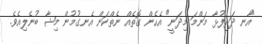
"އާނ ދަރިފުޅާ މަންމަ މިދަނީ" އެހެން ގޮތެއް ނެތްކަން އެނގުމުން މިޝާ ބުނެލިއެވެ.